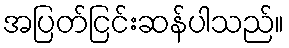
အပြတ်ငြင်းဆန်ပါသည်။